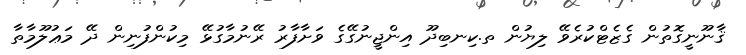
ޤާނޫނީގޮތުން ގެޒެޓްކުރެވޭ ލިޔުން ތ.ކިނބިދޫ އިންޖީނުގޭގެ ވަށާފާރު ރޭނުމާގުޅޭ މިކުންފުނިން ދޭ މަޢުލޫމާތާ